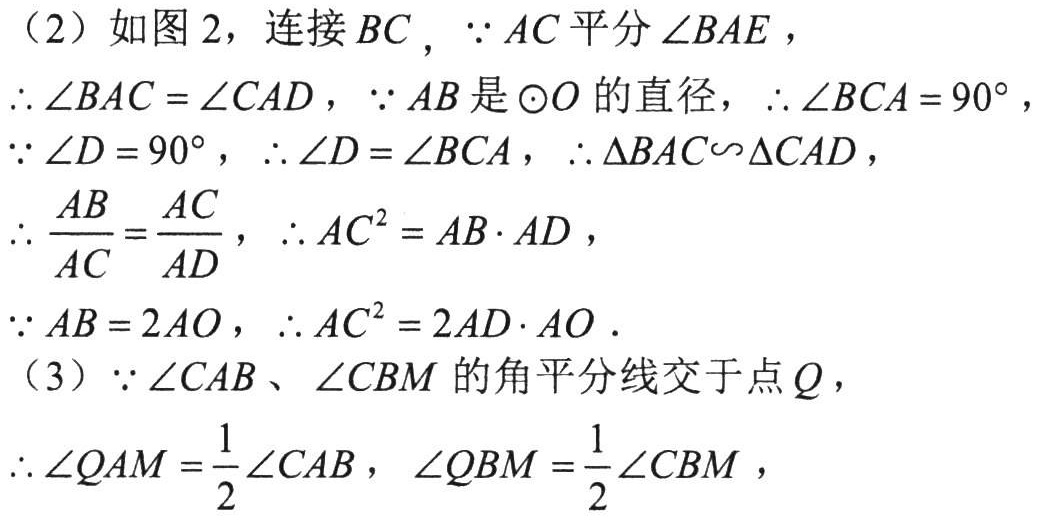
（2）如图2，连接\(BC\)，\(\because AC\)平分\(\angle BAE\)，
\(\therefore\angle BAC = \angle CAD\)，\(\because AB\)是\(\odot O\)的直径，\(\therefore\angle BCA = 90^{\circ}\)，
\(\because\angle D = 90^{\circ}\)，\(\therefore\angle D=\angle BCA\)，\(\therefore\triangle BAC\backsim\triangle CAD\)，
\(\therefore \dfrac{AB}{AC}=\dfrac{AC}{AD}\)，\(\therefore AC^{2}=AB\cdot AD\)，
\(\because AB = 2AO\)，\(\therefore AC^{2}=2AD\cdot AO\)．
（3）\(\because\angle CAB\)、\(\angle CBM\)的角平分线交于点\(Q\)，
\(\therefore\angle QAM=\dfrac{1}{2}\angle CAB\)，\(\angle QBM=\dfrac{1}{2}\angle CBM\)，